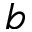
b